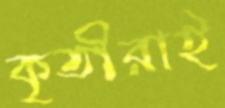
কৃতীরাই